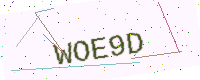
Text: WOE9D